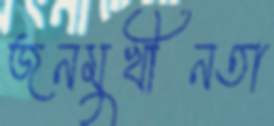
জনমুখীনতা